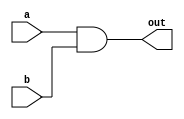
`timescale 1ns / 1ps
//////////////////////////////////////////////////////////////////////////////////
// Company: 
// Engineer: 
// 
// Design Name: 
// Module Name:    basic_and 
// Project Name: 
// Target Devices: 
// Tool versions: 
// Description: 
//
// Dependencies: 
//
// Revision: 
// Revision 0.01 - File Created
// Additional Comments: 
//
//////////////////////////////////////////////////////////////////////////////////
module basic_and#(parameter WIDTH = 1)(
	input [WIDTH-1:0] a,
	input [WIDTH-1:0] b,
	output [WIDTH-1:0] out
);

assign out = a&b;

endmodule